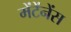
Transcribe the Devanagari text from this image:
मेंटेंनेंस